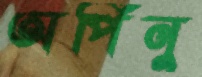
অর্পিনু